Insane asylums in Bengal annual reports 1867-1875 - 1867-1875
Year: 1867
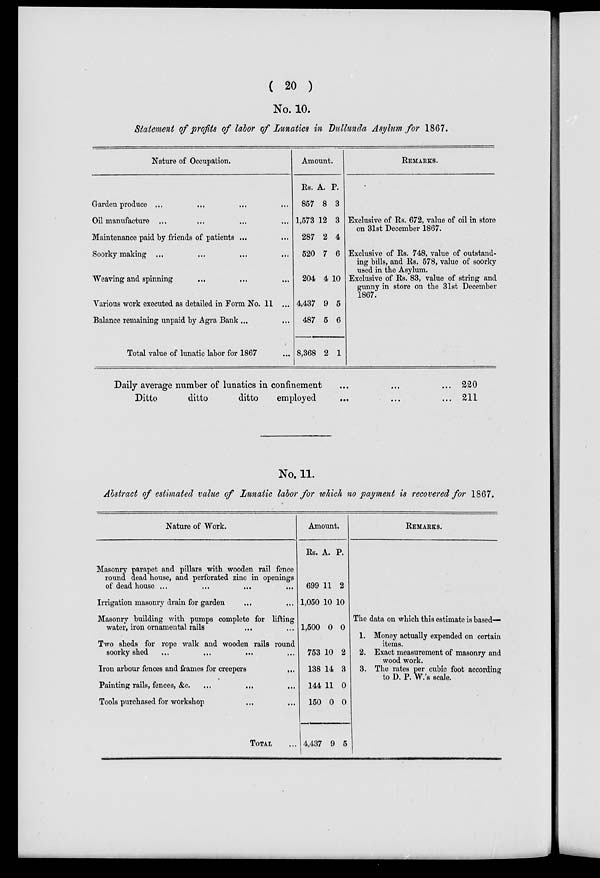
( 20 )
No. 10.
Statement of profits of labor of Lunatics in Dullunda Asylum for 1867.
Nature of Occupation.
Garden produce ... ... ... ...
Oil manufacture ... ... ... ...
Maintenance paid by friends of patients ... ...
Soorky making ... ... ... ...
Weaving and spinning
... ... ...
Various work executed as detailed in Form No. 11 ...
Balance remaining unpaid by Agra Bank ... ...
Total value of lunatic labor for 1867 ...
Amount.
Rs.
857
1,573
287
520
204
4,437
487
8,368
A.
8
12
2
7
4
9
5
2
P.
3
3
4
6
10
5
6
1
REMARKS.
Exclusive of Rs. 672, value of oil in store
on 31st December 1867.
Exclusive of Rs. 748, value of outstand-
ing bills, and Rs. 578, value of soorky
used in the Asylum.
Exclusive of Rs. 83, value of string and
gunny in store on the 31st December
1867.
Daily average number of lunatics in confinement ... ... ...
Ditto
ditto
ditto
employed
...
... ...
220
211
No. 11.
Abstract of estimated value of Lunatic labor for which no payment is recovered for 1867.
Nature of Work.
Masonry parapet and pillars with wooden rail fence
round dead house, and perforated zinc in openings
of dead house ... ... ... ...
Irrigation masonry drain for garden ... ...
Masonry building with pumps complete for lifting
water, iron ornamental rails ... ...
Two sheds for rope walk and wooden rails round
soorky shed ... ... ... ...
Iron arbour fences and frames for creepers
...
Painting rails, fences, &c. ...
... ...
Tools purchased for workshop
...
...
TOTAL ...
Amount.
Rs.
699
1,050
1,500
753
138
144
150
4,437
A.
11
10
0
10
14
11
0
9
P.
2
10
0
2
3
0
0
5
REMARKS.
The data on which this estimate is based—
1. Money actually expended on certain
items.
2. Exact measurement of masonry and
wood work.
3. The rates per cubic foot according
to D. P. W.'s scale.